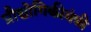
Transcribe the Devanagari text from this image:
प्रौद्योगिकीमंत्री